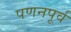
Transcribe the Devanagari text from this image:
पणनपूर्व